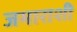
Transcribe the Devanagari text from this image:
जमाराशी